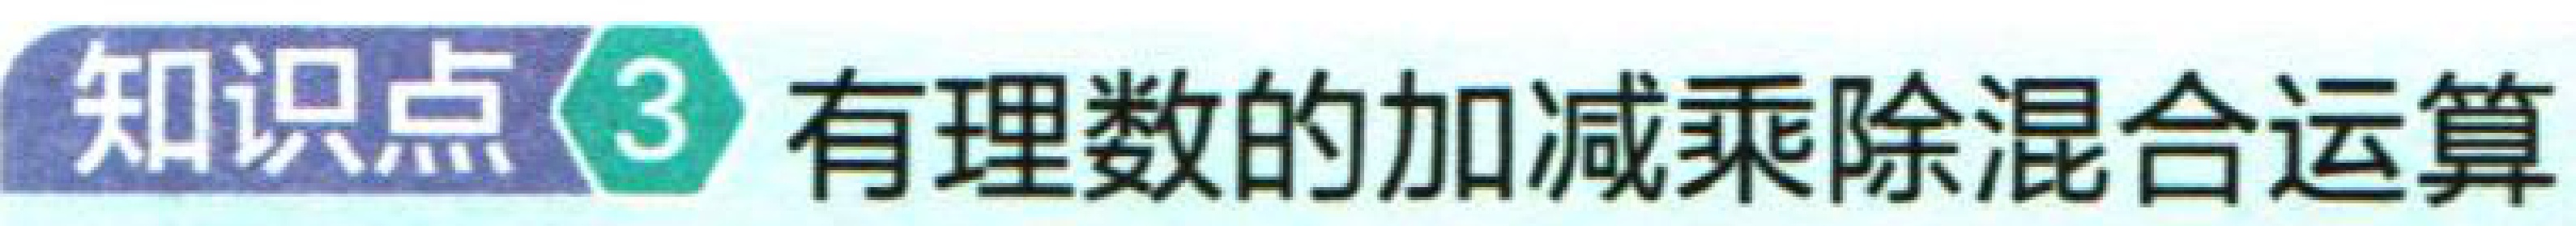
知识点\(3\) 有理数的加减乘除混合运算